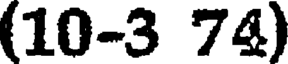
(10-3 74)